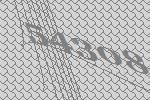
54308